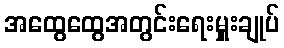
အထွေထွေအတွင်းရေးမှူးချုပ်